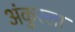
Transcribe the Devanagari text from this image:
अंकुरला